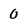
Character: 0